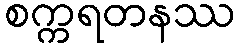
စက္ကရတနဿ